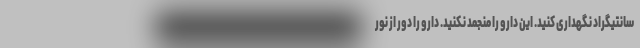
سانتیگراد نگهداری کنید. این دارو را منجمد نکنید. دارو را دور از نور